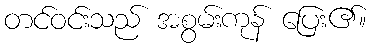
တင်ဝင်းသည် အစွမ်းကုန် ပြေး၏။